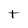
Character: t